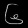
Digit: ၆